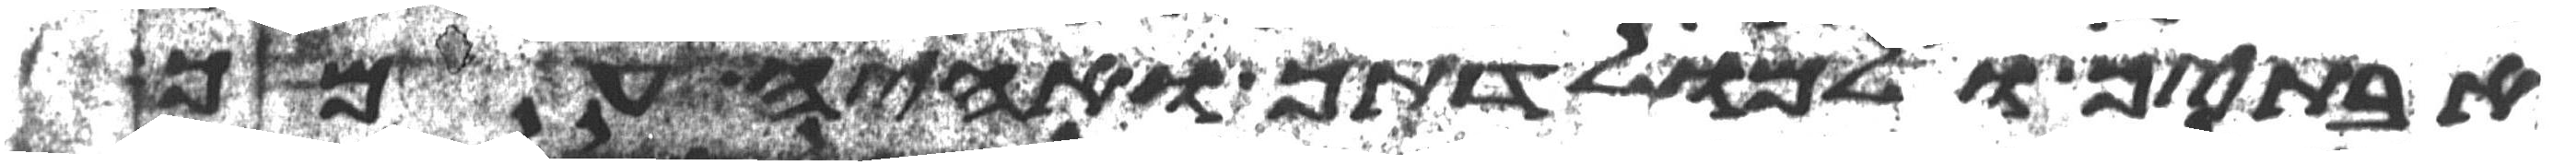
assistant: אבתיך ואל מולדתך ואהיה עמך